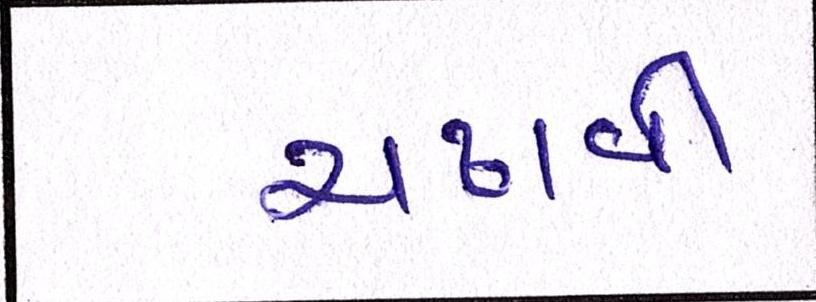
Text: ચઢાવી